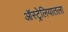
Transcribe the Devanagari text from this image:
ऑस्ट्रेलियातला